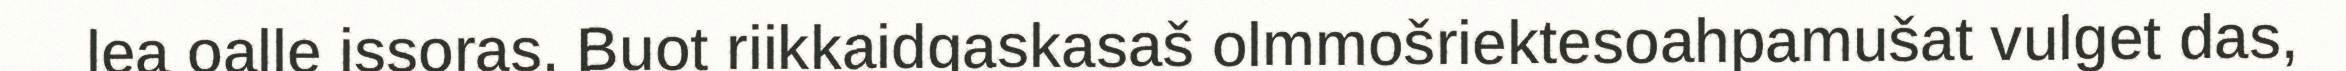
lea oalle issoras. Buot riikkaidgaskasaš olmmošriektesoahpamušat vulget das,